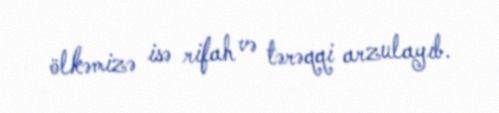
ölkəmizə isə rifah və tərəqqi arzulayıb.